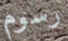
رسوم